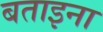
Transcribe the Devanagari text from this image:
बताइना